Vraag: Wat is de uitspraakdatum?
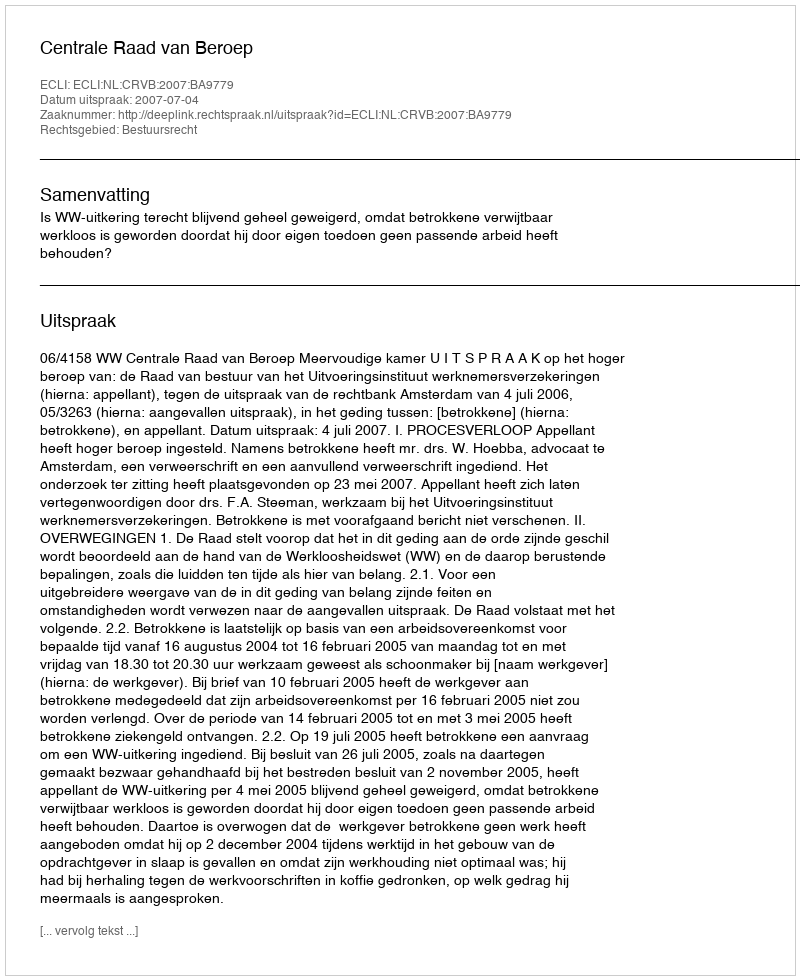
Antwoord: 2007-07-04